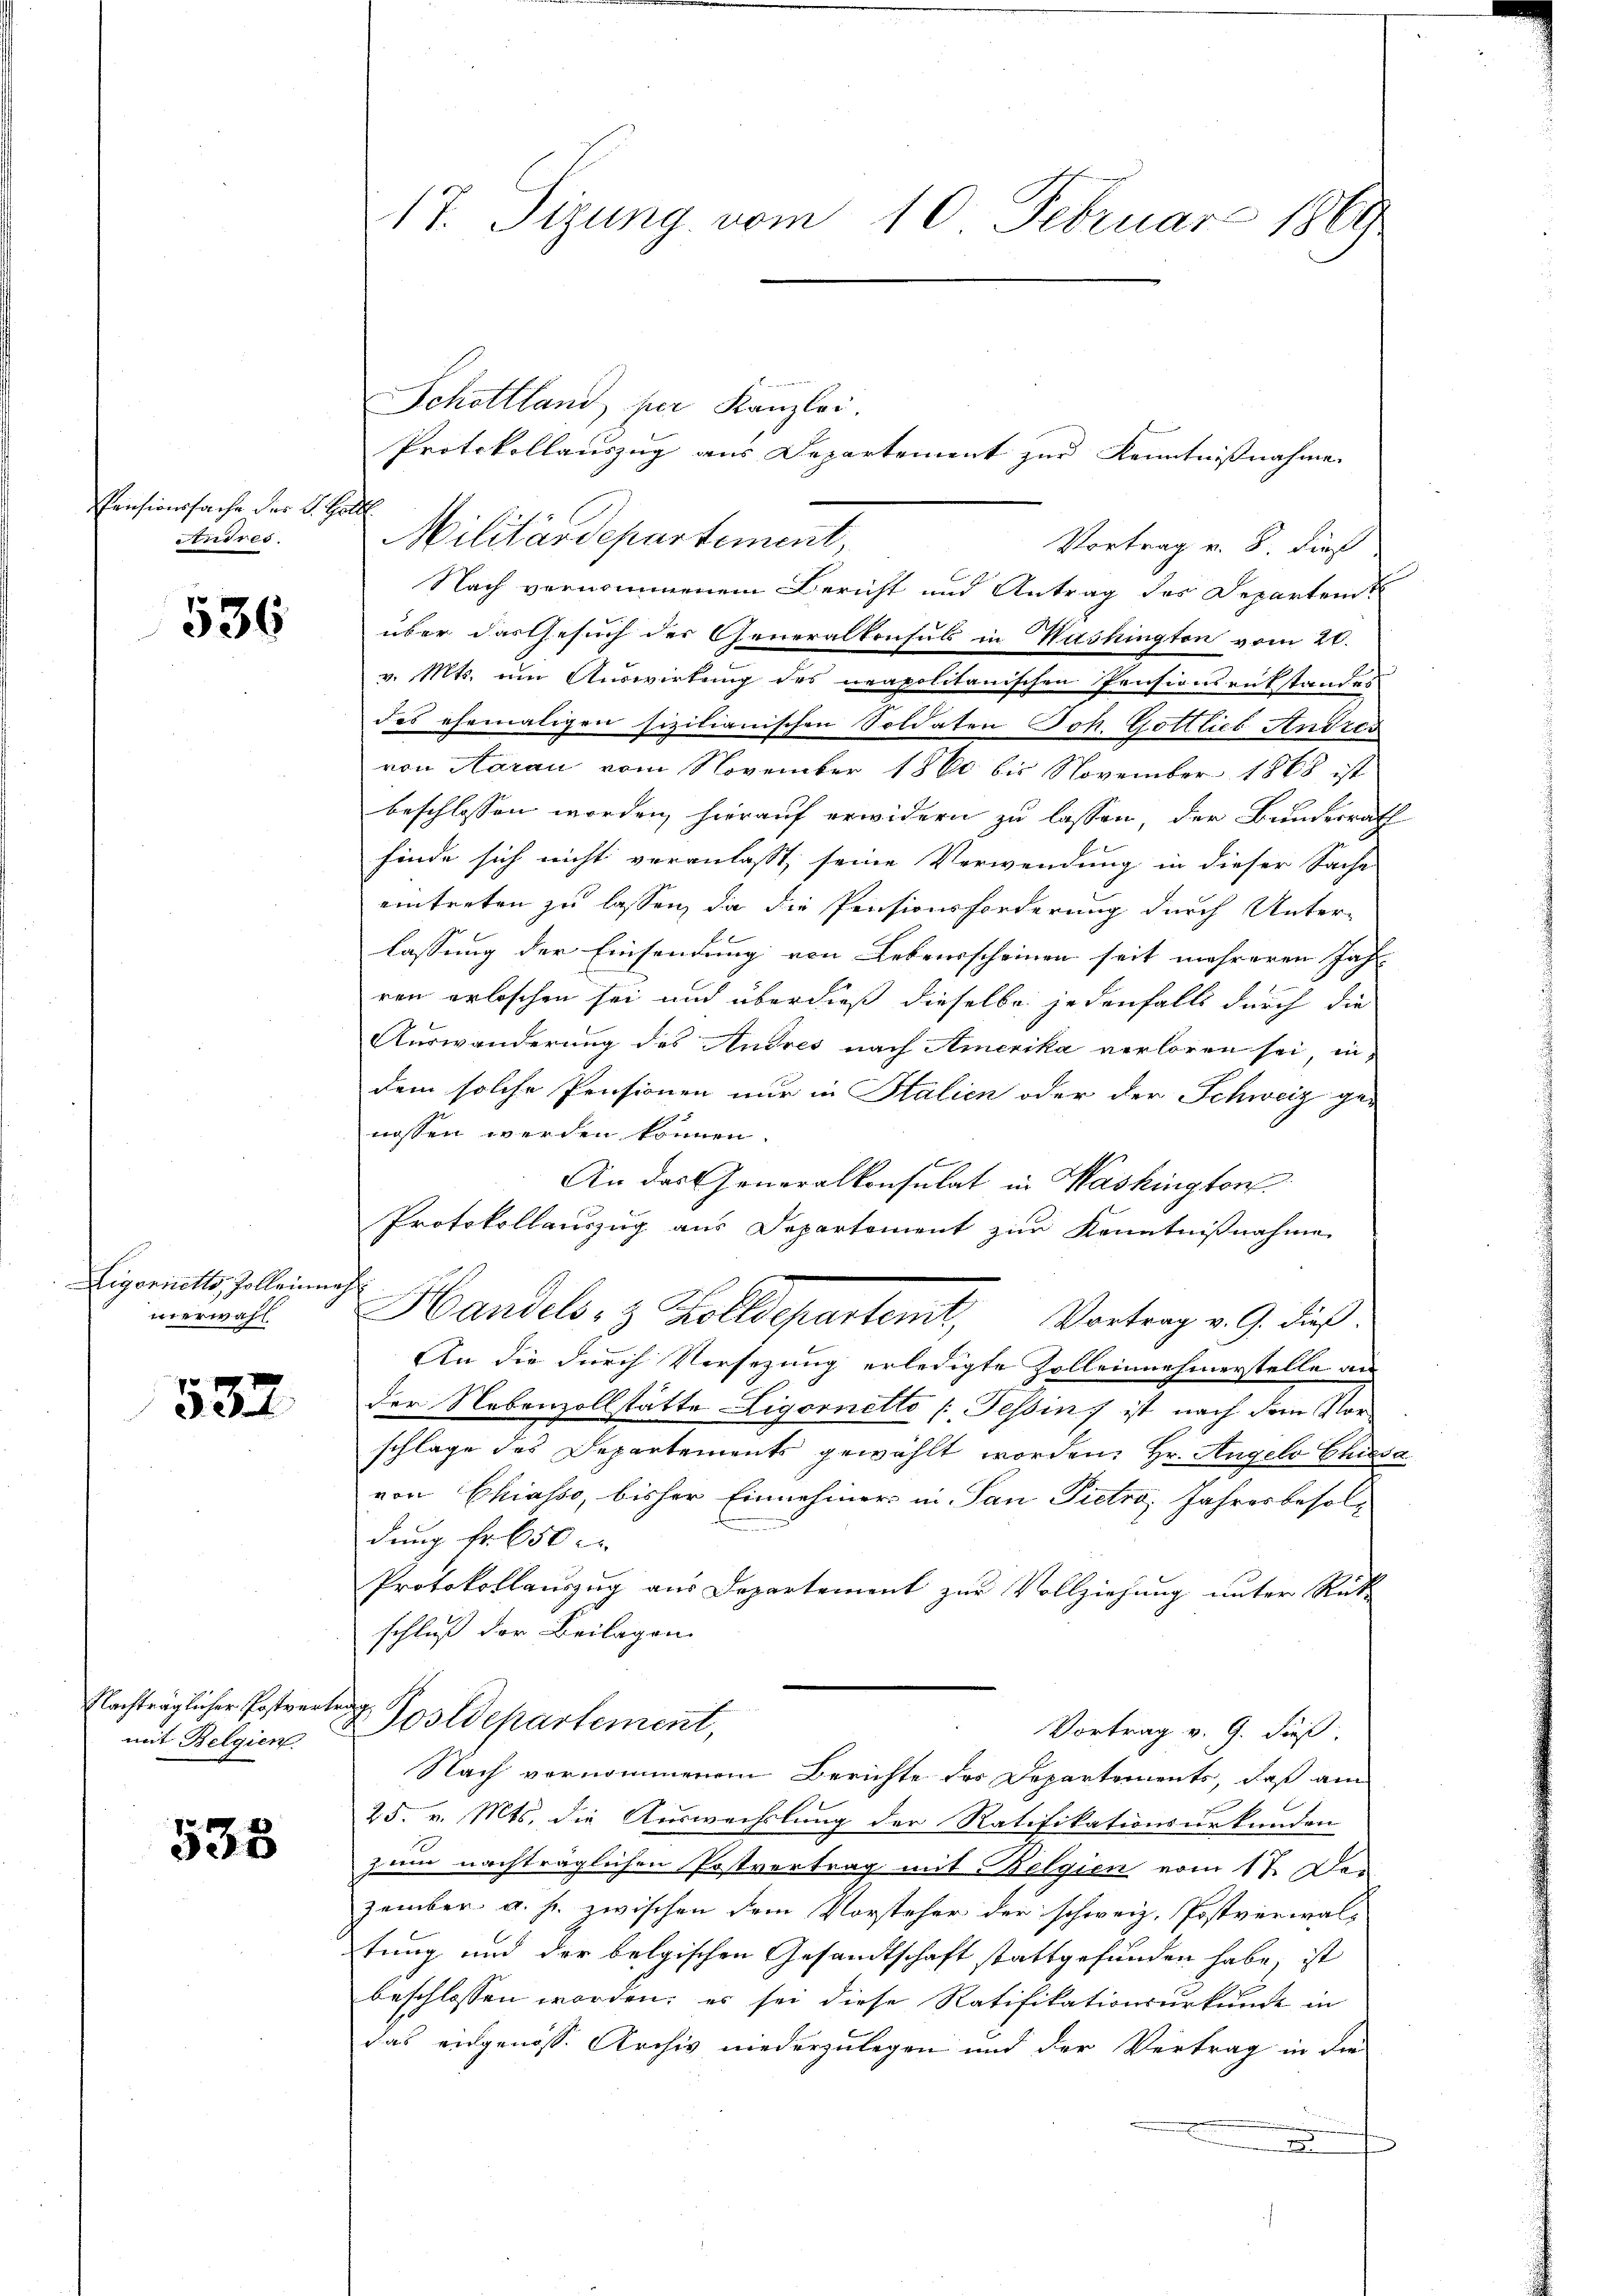
Pensionssache der 4. Soll
tuires.

536

Ligorietts, Tolleinung
weerwähl

532.

Nachträglicher Postverte
mit Belgien

538

17. Sizung vom 10. Februar 1869

Schottland, fuer Kanzlei.
Protokollauszug aus Departement zur Kenntnisnahme
Militärdepartement,
Vortrag v. 8. dieß
Nach vernommenem Bericht und Antrag des Departend
über darfesuch der Generalkonsul in Washington vom 20.
v. Mts. um Auswirkung des neapolitanischen Pensionsrükstandes
des ehemaligen sizilianischen Soldaten Joh. Gottlich Andres
von Aarau vom November 1860 bis November 1868 ist
beschlossen worden hierauf erwidern zu lassen, der Bundesrath
finde sich nicht veranlasst, seine Verwendung in dieser Sache
eintreten zu lassen, da die Pensionsforderung durch Unter-
lassung der Einsendung von Lebensscheinen seit mehreren Jahr
ren erloschen sei und überdieß dieselbe jedenfalls durch die
Auswanderung des Andres nach Amerika verloren sei, in
dem solche Pensionen nur in Italien oder der Schweiz ge-
nassen werden können.
An das Generalkonsulat in Washington
Protokollauszug aus Departement zur Kenntnißnahme
c
Handels- & Zolldepartemt, Vortrag v. G. dieß
An die durch Versezung erledigte Zolleinehmerstelle an
der Nebenzollstätte Ligornetto (Tessin, ist nach dem Vorschlage des Departements gewählt worden. Hr. Angelo Chiesa
von Chiasso, bisher Einnehmers in Pan Pietro, Jahresbesoldung fr. 650 c.
Protokollauszug aus Departement zur Vollziehung unter Rück-
schluß der Beilagen
t
2 Postdepartement,
Vortrag v. 9. dieß.
Nach vornommenem Berichte des Departements, daß am
25. v. Mts. die Auswechslung der Ratifikationsurkunden
zum nachträglichen Postvertrag mit Belgien vom 17. Der
zember a. h. zwischen dem Vorsteher der schweiz. Postverwaltung und der belgischen Gesandtschaft stattgefunden habe, ist
beschlossen worden; es sei diese Ratifikationsurkunde in
das eidgenöss. Archiv niederzulegen und der Vertrag in die